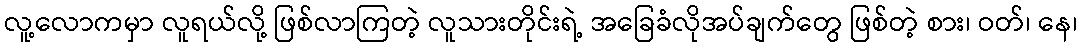
လူ့လောကမှာ လူရယ်လို့ ဖြစ်လာကြတဲ့ လူသားတိုင်းရဲ့ အခြေခံလိုအပ်ချက်တွေ ဖြစ်တဲ့ စား၊ ဝတ်၊ နေ၊